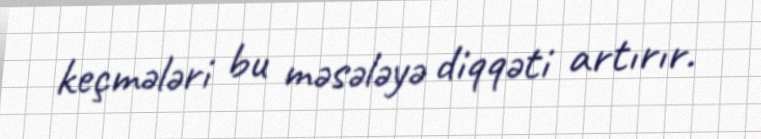
keçmələri bu məsələyə diqqəti artırır.